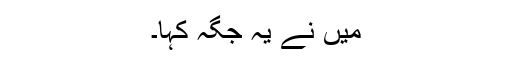
میں نے یہ جگہ کہا۔